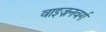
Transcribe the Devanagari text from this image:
वाइज़नवर्ग